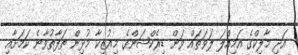
އަދި މާލިކްގެ އަމިއްލަ ލަވަތައް ވަން ޑިރެކްޝަންގެ މިއުޒިކާ މުޅިން ތަފާތުވާނެ ކަމަށާއި